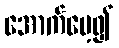
အောက်မေ့၍